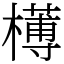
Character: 𣝍